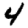
Digit: 4